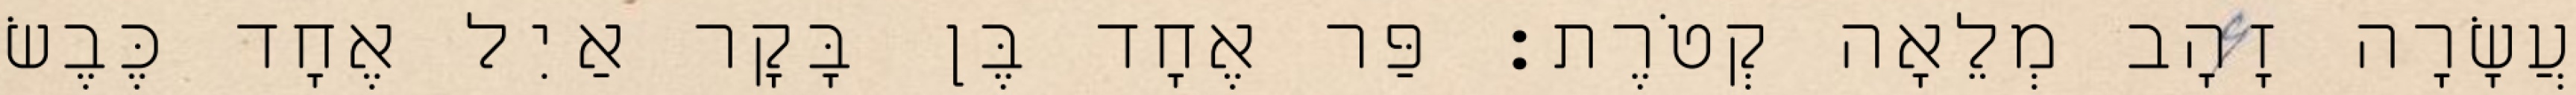
עֲשָׂרָה זָהָב מְלֵאָה קְטֹרֶת׃ פַּר אֶחָד בֶּן בָּקָר אַיִל אֶחָד כֶּבֶשׂ